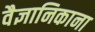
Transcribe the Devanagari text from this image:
वैज्ञानिकाना